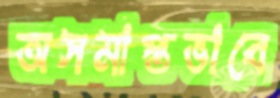
অসমাপ্তভাবে